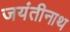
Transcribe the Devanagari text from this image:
जयंतीनाथ